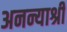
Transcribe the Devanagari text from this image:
अनन्याश्री